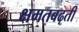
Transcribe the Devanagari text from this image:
क्षमतबढ़ती